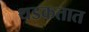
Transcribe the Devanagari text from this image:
थडकतात